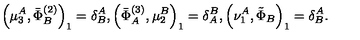
\left( \mu _ { 3 } ^ { A } , \bar { \Phi } _ { B } ^ { ( 2 ) } \right) _ { 1 } = \delta _ { B } ^ { A } , \left( \bar { \Phi } _ { A } ^ { ( 3 ) } , \mu _ { 2 } ^ { B } \right) _ { 1 } = \delta _ { A } ^ { B } , \left( \nu _ { 1 } ^ { A } , \tilde { \Phi } _ { B } \right) _ { 1 } = \delta _ { B } ^ { A } .